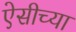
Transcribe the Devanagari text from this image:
ऐसीच्या